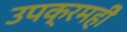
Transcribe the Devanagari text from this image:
उपक्रमहीे